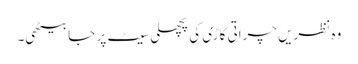
وہ نظریں چراتی گاڑی کی پچھلی سیٹ پر جا بیٹھی۔